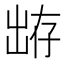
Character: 𰄕